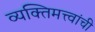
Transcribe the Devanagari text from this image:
व्यक्तिमत्त्वांची